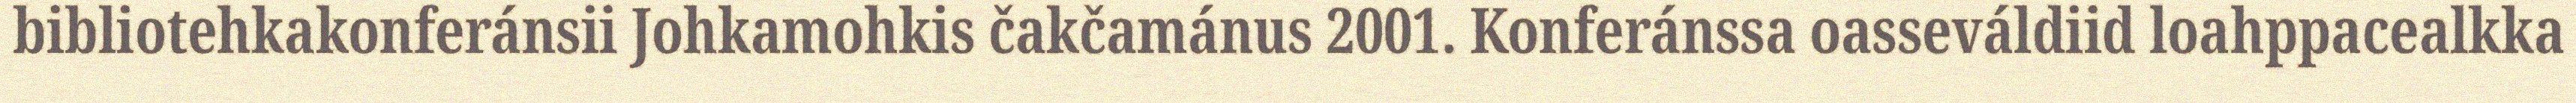
bibliotehkakonferánsii Johkamohkis čakčamánus 2001. Konferánssa oasseváldiid loahppacealkka